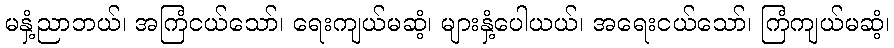
မနှံ့ညာဘယ်၊ အကြံငယ်သော်၊ ရေးကျယ်မဆံ့၊ များနှံ့ပေါယယ်၊ အရေးငယ်သော်၊ ကြံကျယ်မဆံ့၊